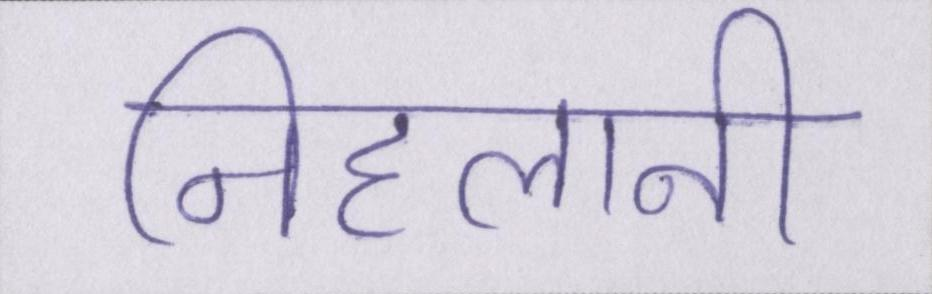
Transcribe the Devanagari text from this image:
निहलानी